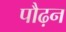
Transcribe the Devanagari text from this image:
पौढ़न